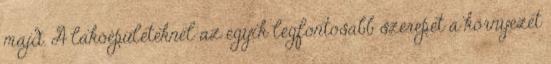
majd. A lakóépületeknél az egyik legfontosabb szerepet a környezet